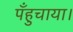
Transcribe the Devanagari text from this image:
पँहुचाया।